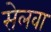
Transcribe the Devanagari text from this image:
सेलवा